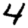
Digit: 4